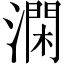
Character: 澖